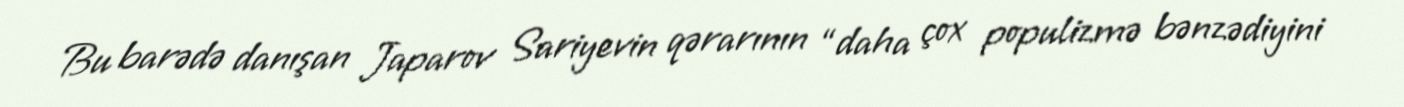
Bu barədə danışan Japarov Sariyevin qərarının “daha çox populizmə bənzədiyini